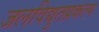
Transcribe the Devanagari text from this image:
जलविद्युतप्रकल्प